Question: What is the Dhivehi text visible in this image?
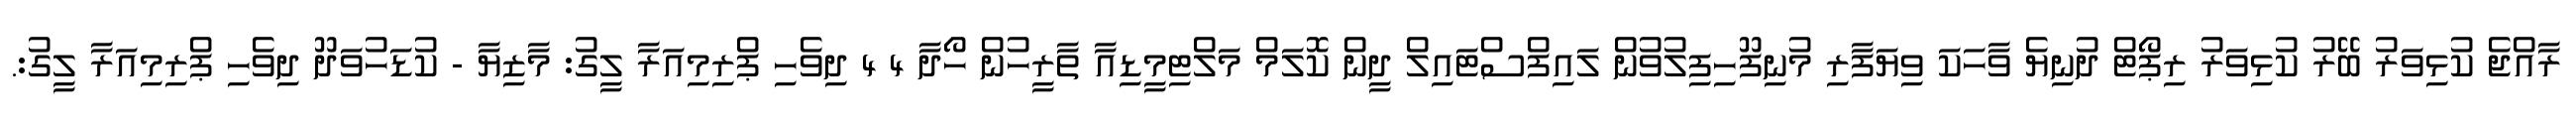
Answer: ރާއްޖެ ކުޅިވަރު ބޭރު ކުޅިވަރު ރިޕޯޓް ދުނިޔެ ވާހަކަ ވިޔަފާރި މުނިފޫހިފިލުވުން ލައިފްސްޓައިލް ދީން ކޮލަމް މަލްޓިމީޑިއާ ތާރީހުން ހޯދާ 4 4 ދިވެހި ޕްރިމިއަރާ ލީގު: މާޒިޔާ - ކުޑަހުވަދޫ ދިވެހި ޕްރިމިއަރާ ލީގު:.